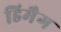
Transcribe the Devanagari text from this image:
डिमैग